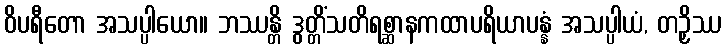
ဝိပရီတော အသပ္ပါယော။ ဘဿန္တိ ဒွတ္တိံသတိရစ္ဆာနကထာပရိယာပန္နံ အသပ္ပါယံ, တဉှိဿ